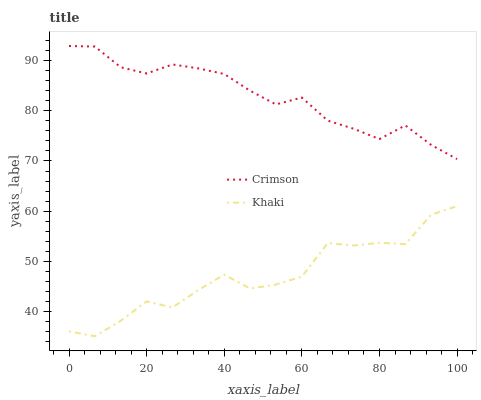
| xaxis_label | Crimson | Khaki |
 | --- | --- | --- |
 | 0 | 92.9 | 36 |
 | 6.67 | 92.8 | 35 |
 | 13.3 | 88.7 | 38.1 |
 | 20 | 87.5 | 42 |
 | 26.7 | 89.3 | 40.8 |
 | 33.3 | 88.5 | 44.2 |
 | 40 | 87.4 | 47.3 |
 | 46.7 | 84 | 44.5 |
 | 53.3 | 81.3 | 45.3 |
 | 60 | 82.7 | 46.9 |
 | 66.7 | 78.1 | 53.6 |
 | 73.3 | 76.4 | 53.1 |
 | 80 | 74.4 | 53.7 |
 | 86.7 | 77.1 | 53.4 |
 | 93.3 | 73.2 | 59.3 |
 | 100 | 70.4 | 61 |